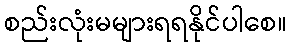
စည်းလုံးမများရရနိုင်ပါစေ။